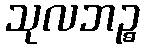
သုလဘဉ္စ